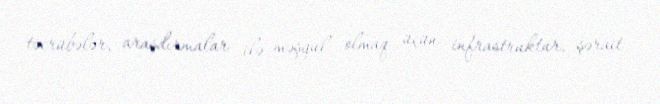
təcrübələr, araşdırmalar ilə məşğul olmaq üçün infrastruktur, şərait